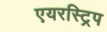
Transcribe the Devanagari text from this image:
एयरस्ट्रिप